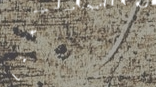
بيع مستلزمات العناية بالح